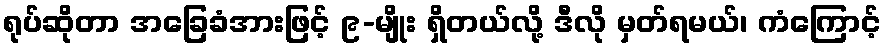
ရုပ်ဆိုတာ အခြေခံအားဖြင့် ၉-မျိုး ရှိတယ်လို့ ဒီလို မှတ်ရမယ်၊ ကံကြောင့်